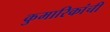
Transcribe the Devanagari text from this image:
कुमारिकांची